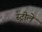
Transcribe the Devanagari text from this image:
स्ट्रीले